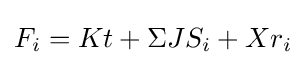
F_{i}=Kt+\Sigma JS_{i}+Xr_{i}